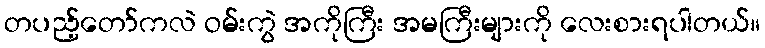
တပည့်တော်ကလဲ ဝမ်းကွဲ အကိုကြီး အမကြီးများကို လေးစားရပါတယ်။